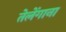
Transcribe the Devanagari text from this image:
तेलेंगाना